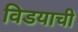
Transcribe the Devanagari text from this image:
विडयाची